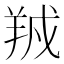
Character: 𬙱